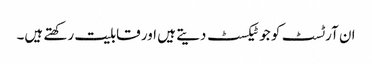
ان آرٹسٹ کو جو ٹیکسٹ دیتے ہیں اور قابلیت رکھتے ہیں۔